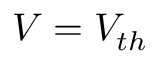
V = V _ { t h }